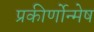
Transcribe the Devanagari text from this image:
प्रकीर्णोन्मेष